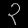
Digit: ၃